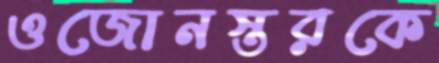
ওজোনস্তরকে